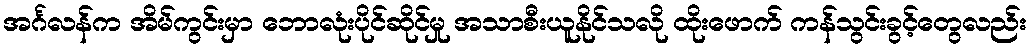
အင်္ဂလန်က အိမ်ကွင်းမှာ ဘောလုံးပိုင်ဆိုင်မှု အသာစီးယူနိုင်သလို ထိုးဖောက် ကန်သွင်းခွင့်တွေလည်း